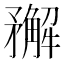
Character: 𥎎